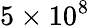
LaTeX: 5\times 10^{8}